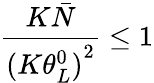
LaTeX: \frac{{K\bar{N}}}{(K{{\theta_{L}^{0})}^{2}}}\le 1